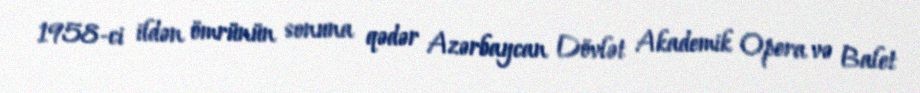
1958-ci ildən ömrünün sonuna qədər Azərbaycan Dövlət Akademik Opera və Balet